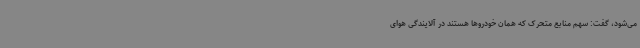
می‌شود، گفت: سهم منابع متحرک که همان خودروها هستند در آلایندگی هوای